Leaving Certificate Examination, 1902
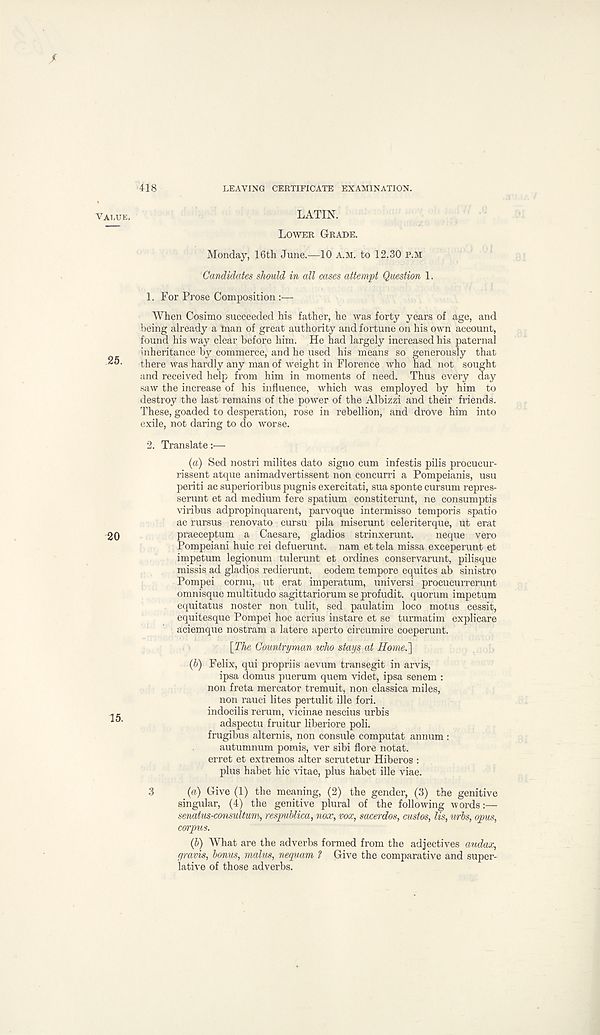
418
LEAVING CERTIFICATE EXAMINATION.
LATIN.
LOWER GRADE.
Monday, 16th June.—10 A.M. to 12.30 P.M
Candidates should in all cases attempt Question 1.
1. For Prose Composition :—
When Cosimo succeeded his father, he was forty years of age, and
being already a tnan of great authority and fortune on his own account,
found his way clear before him. He had largely increased his paternal
inheritance by commerce, and he used his means so generously that
there was hardly any man of weight in Florence who had not sought
and received help from him in moments of need. Thus every day
saw the increase of his influence, which was employed by him to
destroy the last remains of the power of the Albizzi and their friends.
These, goaded to desperation, rose in rebellion, and drove him into
exile, not daring to do worse.
2. Translate:—
(a) Sed nostri milites dato signo cum infestis pilis procucur-
rissent atque animadvertissent non concurri a Pompeianis, usu
periti ac superioribus pugnis exercitati, sua sponte cursum repres-
serunt et ad medium fere spatium constiterunt, ne consumptis
viribus adpropinquarent, parvoque intermisso temporis spatio
ac rursus renovate cursu pila miserunt celeriterque, ut erat
praeceptum a Caesare, gladios strinxerunt.
neque vero
Pompeiani huic rei defuerunt. nam et tela missa exceperunt et
impetum legionum tulerunt et ordines conservarunt, pilisque
missis ad gladios redierunt. eodem tempore equites ab sinistro
Pompei cornu, ut erat imperatum, universi procucurrerunt
omnisque multitude sagittariorum se profudit. quorum impetum
equitatus noster non tulit, sed paulatim loco motus cessit,
equitesque Pompei hoc acrius instare et se turmatim explicare
aciemque nostram a latere aperto circumire coeperunt.
[The Countryman who stays at Home.']
(b) Felix, qui propriis aevum transegit in arvis,
ipsa domus puerum quem videt, ipsa senem :
non freta mercator tremuit, non classica miles,
non rauci lites pertulit ille fori,
indocilis rerum, vicinae nescius urbis
adspectu fruitur liberiore poli.
frugibus alternis, non consule computat annum :
autumnum pomis, ver sibi flore notat.
erret et extremes alter scrutetur Hiberos :
plus habet hie vitae, plus habet ille viae.
3
(a) Give (1) the meaning, (2) the gender, (3) the genitive
singular, (4) the genitive plural of the following words:—
senatus-consultum, respublica, nox, vox, saeerdos, custos, Us, u/rbs, opus,
corpus.
(b) What are the adverbs formed from the adjectives audax,
gravis, bonus, malus, nequam ? Give the comparative and super-
lative of those adverbs.